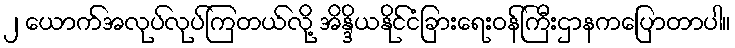
၂ ယောက်အလုပ်လုပ်ကြတယ်လို့ အိန္ဒိယနိုင်ငံခြားရေးဝန်ကြီးဌာနကပြောတာပါ။